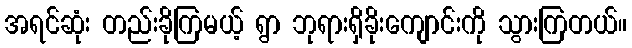
အရင်ဆုံး တည်းခိုကြမယ့် ရွာ ဘုရားရှိခိုးကျောင်းကို သွားကြတယ်။